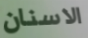
الاسنان